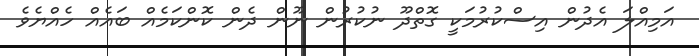
އަމިއްލަ އެދުން އިސްކުރުމަކީ ގޮތްދޫ ނުކުރުން ނޫން ދެން ކޮންކަމެއް ބައެއް ހެއްޔެވެ